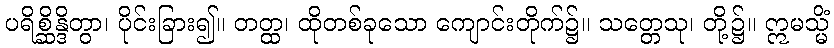
ပရိစ္ဆိန္ဒိတွာ၊ ပိုင်းခြား၍။ တတ္ထ၊ ထိုတစ်ခုသော ကျောင်းတိုက်၌။ သတ္တေသု၊ တို့၌။ ဣမသ္မိံ